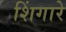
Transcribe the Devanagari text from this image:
शिंगारे